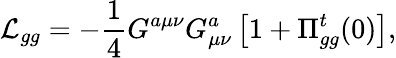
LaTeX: {\cal L}_{gg}=-\frac{1}{4}G^{a\mu\nu}G_{\mu\nu}^{a}\left[1+\Pi_{gg}^{t}(0)\right],